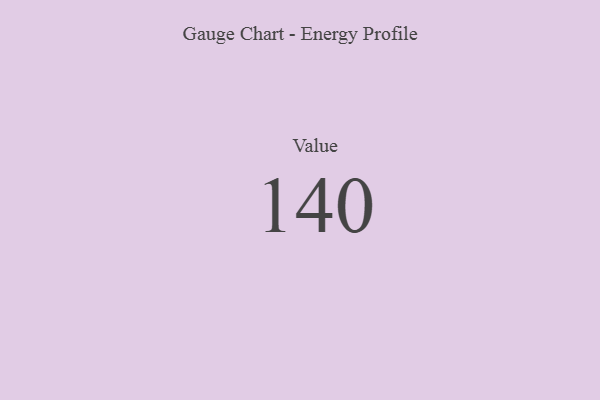
{"axis": {"x": "Metric", "y": "Value"}, "legend": [""], "data": [{"x": "Value", "y": 140, "type": ""}]}